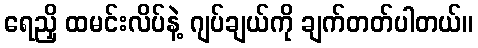
ရေညှိ ထမင်းလိပ်နဲ့ ဂျပ်ချယ်ကို ချက်တတ်ပါတယ်။